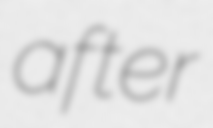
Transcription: after